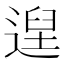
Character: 𮞴